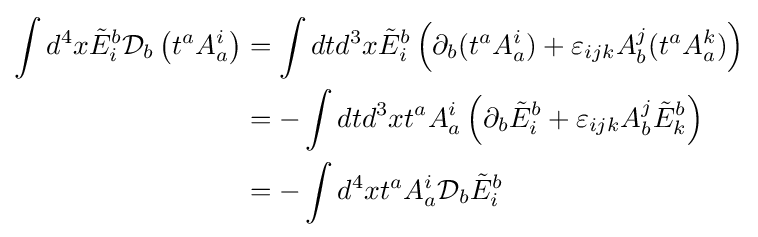
{\begin{aligned}\int d^{4}x{\tilde {E}}_{i}^{b}{\mathcal {D}}_{b}\left(t^{a}A_{a}^{i}\right)&=\int dtd^{3}x{\tilde {E}}_{i}^{b}\left(\partial _{b}(t^{a}A_{a}^{i})+\varepsilon _{ijk}A_{b}^{j}(t^{a}A_{a}^{k})\right)\\&=-\int dtd^{3}xt^{a}A_{a}^{i}\left(\partial _{b}{\tilde {E}}_{i}^{b}+\varepsilon _{ijk}A_{b}^{j}{\tilde {E}}_{k}^{b}\right)\\&=-\int d^{4}xt^{a}A_{a}^{i}{\mathcal {D}}_{b}{\tilde {E}}_{i}^{b}\end{aligned}}